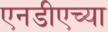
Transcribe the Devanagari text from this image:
एनडीएच्या